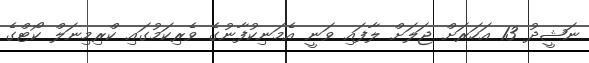
ނަޝީދު 13 އަހަރަށް ޖަލަށް ލާފައި ވަނީ އެމަނިކުފާނުގެ ވެރިކަމުގައި ކްރިމިނަލް ކޯޓްގެ